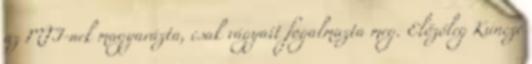
az MTI-nek magyarázta, csak vágyait fogalmazta meg. Előzőleg Kuncze